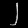
Digit: ၂